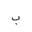
Letter: _ba